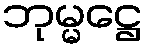
ဘုမ္မဋ္ဌေ